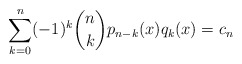
\begin{align*} \sum_{k=0}^n (-1)^k \binom{n}{k} p_{n-k}(x)q_{k}(x) = c_n\end{align*}